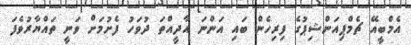
އެމްބީއޭ ޗެމްޕިއަންޝިޕުގެ ފިރިހެން ބައި އަންނަ އާދީއްތަ ދުވަހު ފެށުމަށް ވަނީ ތައްޔާރުވެފަ